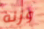
وزنه